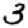
Digit: 3